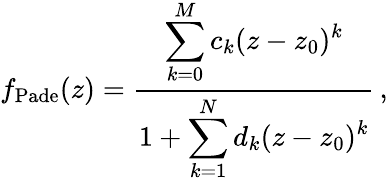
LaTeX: f_{\mathrm{Pade}}(z)=\frac{\displaystyle{\sum_{k=0}^{M}}\, c_{k}(z-z_{0})^{k}}{1+\displaystyle{\sum_{k=1}^{N}}\, d_{k}(z-z_{0})^{k}}\, ,